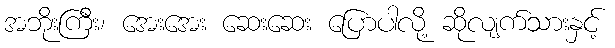
အဘိုးကြီး၊ အေးအေး ဆေးဆေး ပြောပါလို့ ဆိုလျက်သားနှင့်